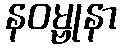
နဝမ္ဗုနာ